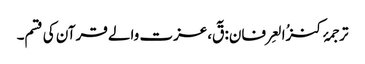
ترجمۂ کنزُالعِرفان: قٓ،عزت والے قرآن کی قسم۔